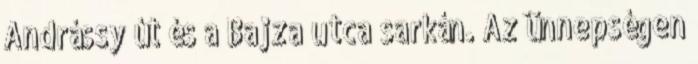
Andrássy út és a Bajza utca sarkán. Az ünnepségen